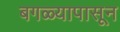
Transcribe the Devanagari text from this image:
बगळ्यापासून